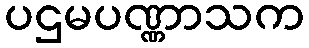
ပဌမပဏ္ဏာသက